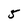
Character: 5